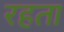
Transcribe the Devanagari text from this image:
रहता